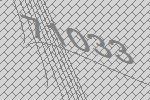
71033